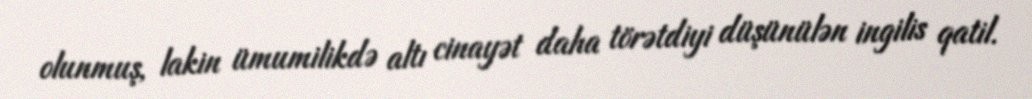
olunmuş, lakin ümumilikdə altı cinayət daha törətdiyi düşünülən ingilis qatil.